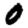
Digit: 0